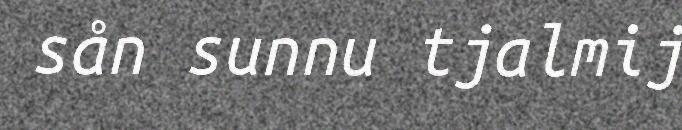
sån sunnu tjalmij